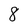
Character: 8